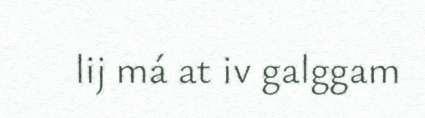
lij má at iv galggam